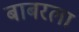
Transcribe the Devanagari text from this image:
बाबरला